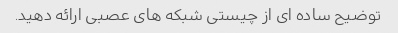
توضیح ساده ای از چیستی شبکه های عصبی ارائه دهید.